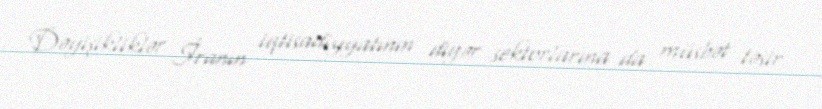
Dəyişikliklər İranın iqtisadiyyatının digər sektorlarına da müsbət təsir